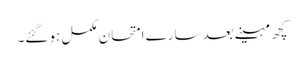
کچھ مہینے بعد سارے امتحان مکمل ہو گئے۔